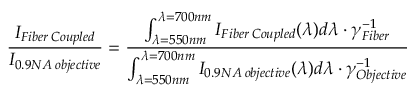
\frac { I _ { F i b e r \: C o u p l e d } } { I _ { 0 . 9 N A \: o b j e c t i v e } } = \frac { \int _ { \lambda = 5 5 0 n m } ^ { \lambda = 7 0 0 n m } I _ { F i b e r \: C o u p l e d } ( \lambda ) d \lambda \cdot \gamma _ { F i b e r } ^ { - 1 } } { \int _ { \lambda = 5 5 0 n m } ^ { \lambda = 7 0 0 n m } I _ { 0 . 9 N A \: o b j e c t i v e } ( \lambda ) d \lambda \cdot \gamma _ { O b j e c t i v e } ^ { - 1 } }